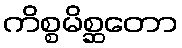
ကိစ္စမိစ္ဆတော